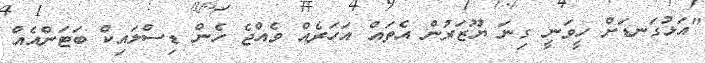
"އަޅުގަނޑަށް ހީވަނީ ގިނަ ޔޫޒަރުން އެތައް އަހަރެއް ވެއްޖެ ހެން ޑިސްލައިކް ބަޓަންއެއް